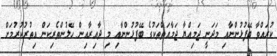
ކުރައްވާ ބޭފުޅުންނާއި މަދަނީ ޖަމިއްޔާ ޖަމާއަތްތަކުގެ ބޭފުޅުންނާއި މި ދާއިރާއިން ހޭލުންތެރިކަން އިތުރުކުރުމަށް